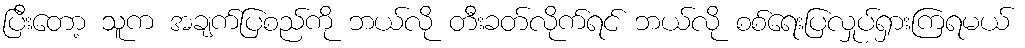
ပြီးတော့ သူက အချက်ပြစည်ကို ဘယ်လို တီးခတ်လိုက်ရင် ဘယ်လို စစ်ရေးပြလှုပ်ရှားကြရမယ်